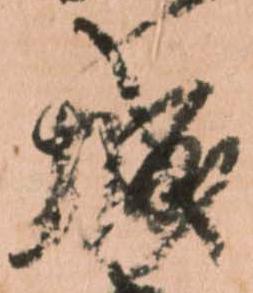
城